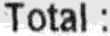
TOTAL :